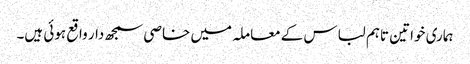
ہماری خواتین تاہم لباس کے معاملہ میں خاصی سمجھ دار واقع ہوئی ہیں۔